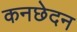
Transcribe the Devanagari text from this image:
कनछेदन